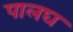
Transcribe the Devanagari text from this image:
पालघ